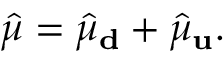
\hat { \mu } = \hat { \mu } _ { \bf d } + \hat { \mu } _ { \bf u } .